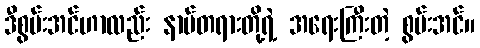
ဒီစွမ်းအင်ဟာလည်း နာမ်တရားတို့ရဲ့ အရေးကြီးတဲ့ စွမ်းအင်။